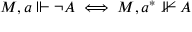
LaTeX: M , a \Vdash \lnot A \iff M , a ^ { * } \nVdash A